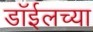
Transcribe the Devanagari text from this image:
डाॅईलच्या